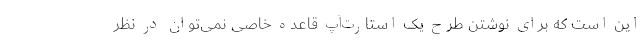
این است که برای نوشتن طرح یک استارت‌آپ قاعده خاصی نمی‌توان در نظر